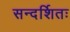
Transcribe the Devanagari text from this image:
सन्दर्शितः